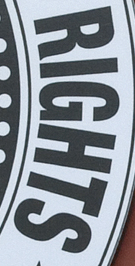
RIGHTS